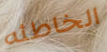
الخاطئه